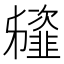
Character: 䪢